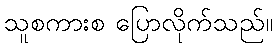
သူစကားစ ပြောလိုက်သည်။